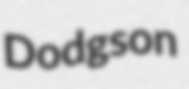
Dodgson